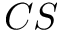
C S